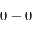
0 - 0